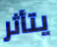
يتأثر